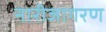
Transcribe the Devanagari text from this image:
नारीजागरण